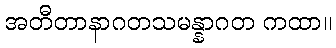
အတီတာနာဂတသမန္နာဂတ ကထာ။